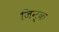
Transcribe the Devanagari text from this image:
जिन्क